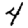
Digit: 4